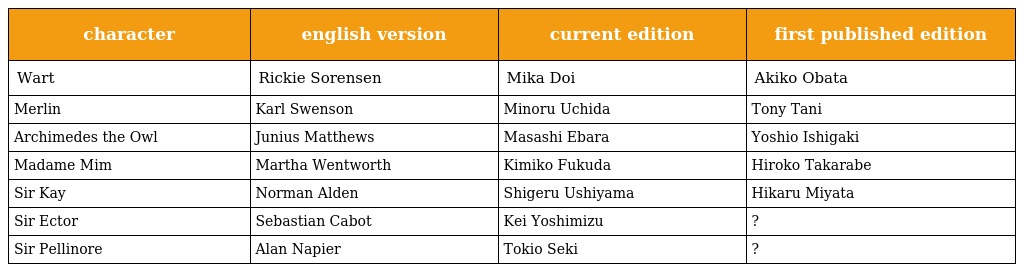
| character | english version | current edition | first published edition |
 | --- | --- | --- | --- |
 | Wart | Rickie Sorensen | Mika Doi | Akiko Obata |
 | Merlin | Karl Swenson | Minoru Uchida | Tony Tani |
 | Archimedes the Owl | Junius Matthews | Masashi Ebara | Yoshio Ishigaki |
 | Madame Mim | Martha Wentworth | Kimiko Fukuda | Hiroko Takarabe |
 | Sir Kay | Norman Alden | Shigeru Ushiyama | Hikaru Miyata |
 | Sir Ector | Sebastian Cabot | Kei Yoshimizu | ? |
 | Sir Pellinore | Alan Napier | Tokio Seki | ? |